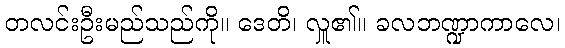
တလင်းဦးမည်သည်ကို။ ဒေတိ၊ လှူ၏။ ခလဘဏ္ဍာကာလေ၊